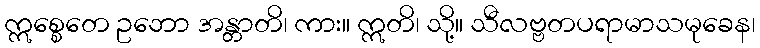
ဣစ္စေတေ ဥဘော အန္တာတိ၊ ကား။ ဣတိ၊ သို့။ သီလဗ္ဗတပရာမာသမုခေန၊